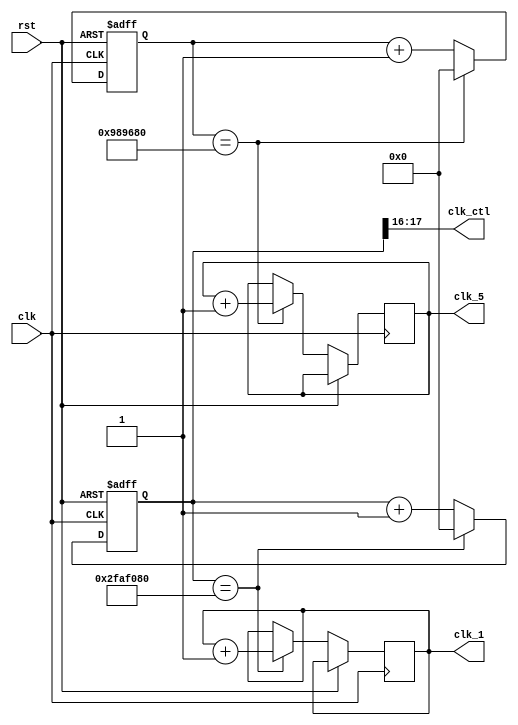
`timescale 1ns / 1ps
//////////////////////////////////////////////////////////////////////////////////
// Company: 
// Engineer: 
// 
// Design Name: 
// Module Name: freqdiv27
// Project Name: 
// Target Devices: 
// Tool Versions: 
// Description: 
// 
// Dependencies: 
// 
// Revision:
// Revision 0.01 - File Created
// Additional Comments:
// 
//////////////////////////////////////////////////////////////////////////////////

module freqdiv27(
    output reg clk_1,        // 1Hz
    output reg [1:0] clk_ctl,        // seven segment display control signal
    output reg clk_5,       // 5Hz
    input clk,
    input rst
    );
       
// 1HZ
    reg [26:0] cnt;
    reg [26:0] cnt_next;
    
always @* begin
    cnt_next = cnt + 27'd1;
    clk_ctl = cnt[17:16];
    end
    
always @(posedge clk or posedge rst)
    if (rst==1) cnt <= 27'd0;
    else if (cnt == 27'd50000000) 
    begin
        cnt <= 27'd0;
        clk_1 <= clk_1 + 1'b1;  
    end
    else cnt <= cnt_next;

// 5HZ
reg [26:0] cnt_5;
reg [26:0] cnt_5_next;

always @* 
    cnt_5_next = cnt_5 + 27'd1;

always @(posedge clk or posedge rst)
    if (rst==1) cnt_5 <= 27'd0;
    else if (cnt_5 == 27'd10000000) begin
         cnt_5 <= 27'd0;
         clk_5 <= clk_5 + 1'b1;  
         end
    else cnt_5 <= cnt_5_next;

endmodule